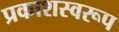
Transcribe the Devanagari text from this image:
प्रकाशस्वरूप